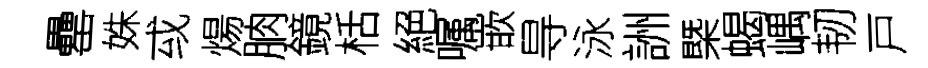
罍姝㦯煬朒鏡栝絕嘱嵌㝵泳詶槩蝎嵎韧戸